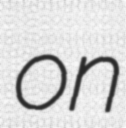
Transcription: on